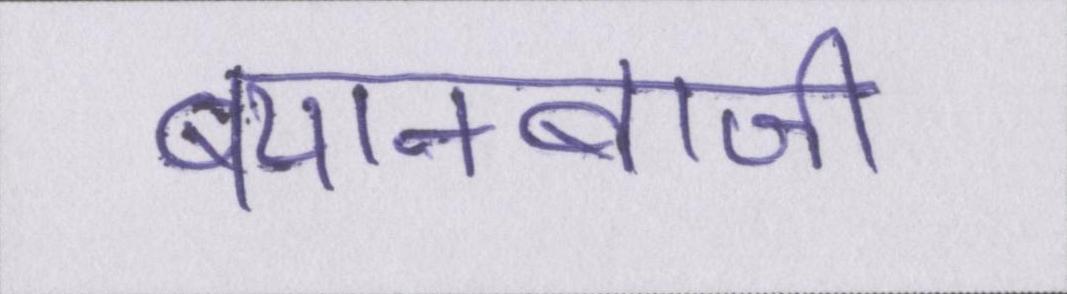
बयानबाजी